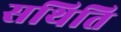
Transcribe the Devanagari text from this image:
सथिति